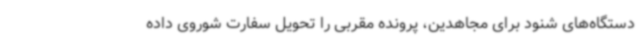
دستگاه‌های شنود برای مجاهدین، پرونده مقربی را تحویل سفارت شوروی داده